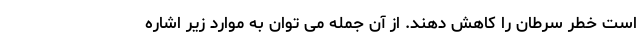
است خطر سرطان را کاهش دهند. از آن جمله می توان به موارد زیر اشاره